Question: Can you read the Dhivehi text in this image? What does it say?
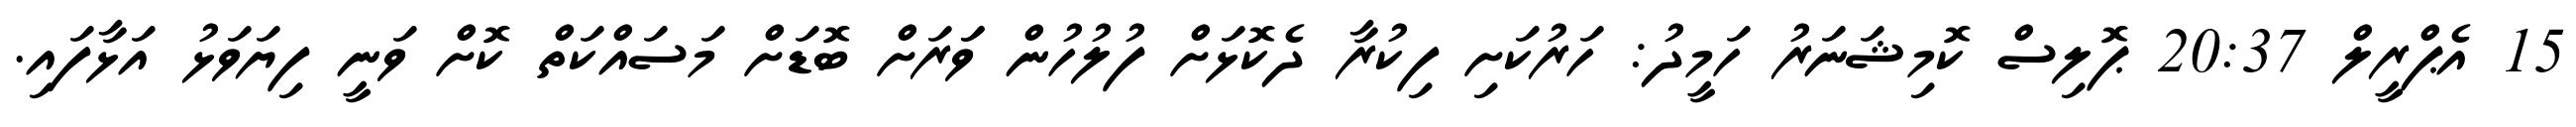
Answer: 15 އެޕްރީލް 20:37 ޕޮލިސް ކޮމިޝަނަރު ހަމީދު: ހަރުކަށި ފިކުރާ ދެކޮޅަށް ފުލުހުން ވަަރަށް ބޮޑަށް މަސައްކަތް ކޮށް ވަނީ ފިޔަވަޅު އަޅާފައި.